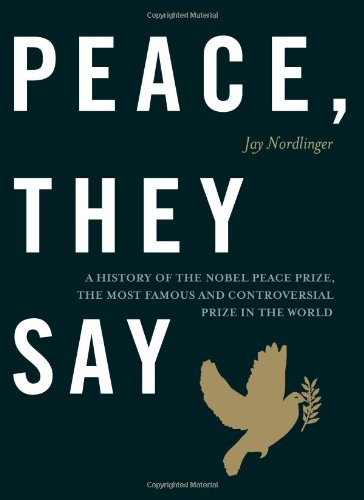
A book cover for Peace, They Say: A History of the Nobel Peace Prize, the Most Famous and Controversial Prize in the World; Jay Nordlinger; Biographies & Memoirs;